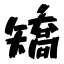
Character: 矯